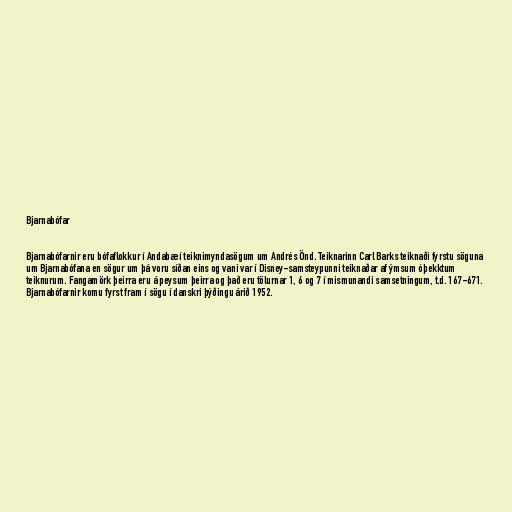
Bjarnabófar

Bjarnabófarnir eru bófaflokkur í Andabæ í teiknimyndasögum um Andrés Önd. Teiknarinn Carl Barks teiknaði fyrstu söguna
um Bjarnabófana en sögur um þá voru síðan eins og vani var í Disney-samsteypunni teiknaðar af ýmsum óþekktum
teiknurum. Fangamörk þeirra eru á peysum þeirra og það eru tölurnar 1, 6 og 7 í mismunandi samsetningum, t.d. 167-671.
Bjarnabófarnir komu fyrst fram í sögu í danskri þýðingu árið 1952.